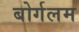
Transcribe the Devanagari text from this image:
बोर्गलम